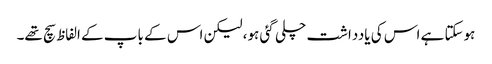
ہوسکتا ہے اس کی یادداشت چلی گئی ہو، لیکن اس کے باپ کے الفاظ سچ تھے۔